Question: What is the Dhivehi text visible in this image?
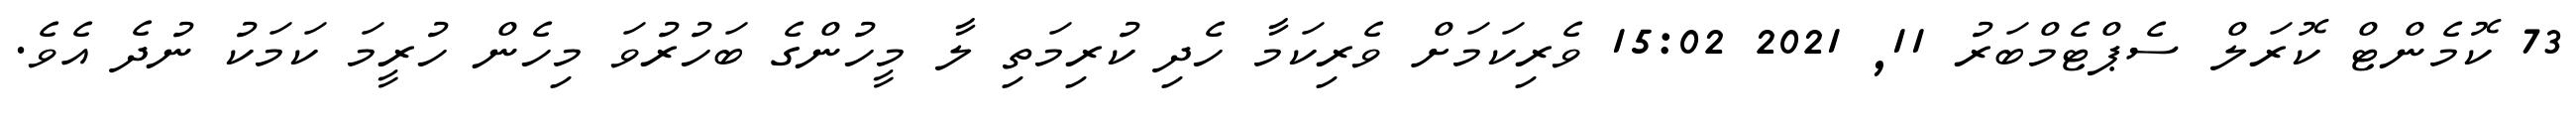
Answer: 73 ކޮމެންޓް ކޮރަލް ސެޕްޓެމްބަރު 11, 2021 15:02 ވެރިކަމަށް ވެރިކަމާ ހެދި ކުރިމަތި ލާ މީހުންގެ ބަހުރުވަ މިހެން ހުރީމަ ކަމަކު ނުދެ އެވެ.